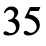
35